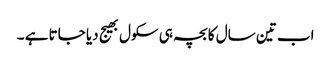
اب تین سال کا بچہ ہی سکول بھیج دیا جاتا ہے ۔